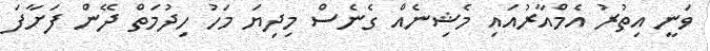
ވަނީ އިތުރު އެމްއާރުއައި މެޝިނެއް ގެނެސް މިދިޔަ މަހު ހިދުމަތް ދޭން ފަށާފަ